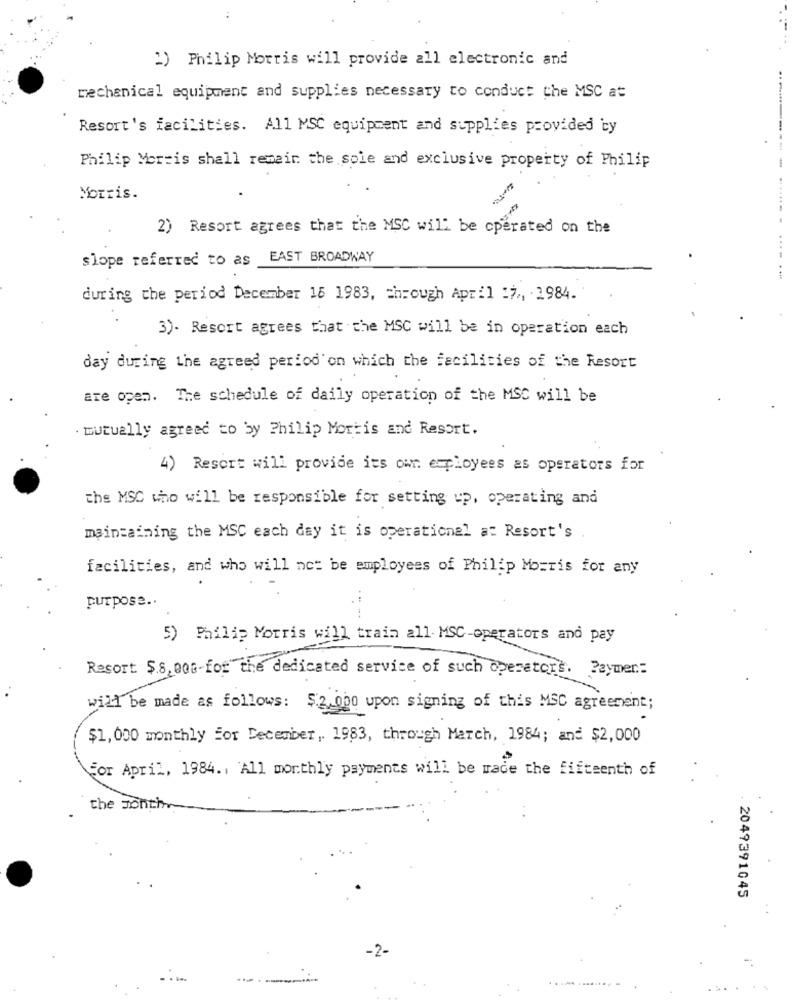
2) Philip Morris will provide all electronic and
mechanical equipment and supplies necessary to conduct the MSC at
Resort's facilities. All MSC equipment and supplies provided by
---
Philip Morris shall remain the sole and exclusive property of Philip
Morris.
2) Resort agrees that the MSC will be operated on the
slope referred to as
EAST BROADWAY
during the period December 16 1983, through April :7 ., 1984.
3). Resort agrees that the MSC will be in operation each
day during the agreed period'on which the facilities of the Resort
are open. The schedule of daily operation of the MSC will be
. mutually agreed to by Philip Mortis and Resort.
4) Resort will provide its own employees as operators for
the MSC who will be responsible for setting up, operating and
maintaining the MSC each day it is operational at Resort's
facilities, and who will not be employees of Philip Morris for any
purpose ..
5) Philip Morris will train all MSC-operators and pay
Resort $8,008-for the dedicated service of such operators. ? aymen .:
will be made as follows: $2. 000 upon signing of this MSC agreement;
$1,000 monthly for December , 1983, through March, 1984; and $2,000
For April, 1984. . 'All monthly payments will be made the fifteenth of
the month
2049391045